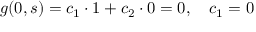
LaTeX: g ( 0 , s ) = c _ { 1 } \cdot 1 + c _ { 2 } \cdot 0 = 0 , \quad c _ { 1 } = 0